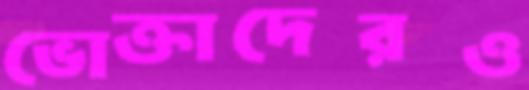
ভোক্তাদেরও